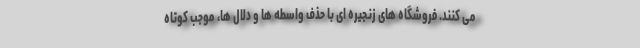
می کنند. فروشگاه های زنجیره ای با حذف واسطه ها و دلال ها، موجب کوتاه